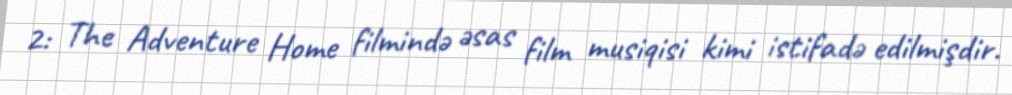
2: The Adventure Home filmində əsas film musiqisi kimi istifadə edilmişdir.